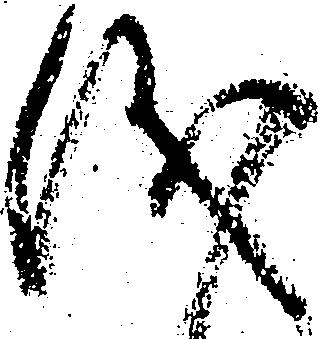
儀